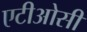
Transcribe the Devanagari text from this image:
एटीओसी